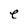
Character: e